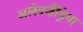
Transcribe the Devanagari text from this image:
अलेक्ज़ैंड्रिया